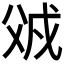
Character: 𰠌